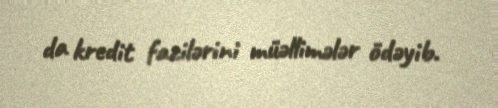
da kredit fazilərini müəllimələr ödəyib.